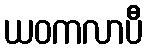
ယဝကလာပီ